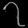
Digit: ၇